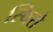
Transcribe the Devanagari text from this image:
स्थिरो